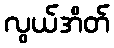
လွယ်အိတ်